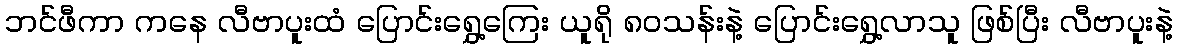
ဘင်ဖီကာ ကနေ လီဗာပူးထံ ပြောင်းရွှေ့ကြေး ယူရို ၈၀သန်းနဲ့ ပြောင်းရွှေ့လာသူ ဖြစ်ပြီး လီဗာပူးနဲ့